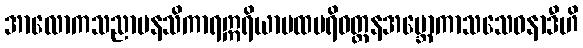
အာလောကသညာမနသိကာရဣရိယာပထပရိဝတ္တနအဗ္ဘောကာသသေဝနာဒီဟိ